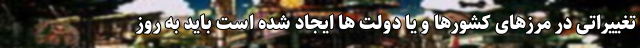
تغییراتی در مرزهای کشورها و یا دولت ها ایجاد شده است باید به روز